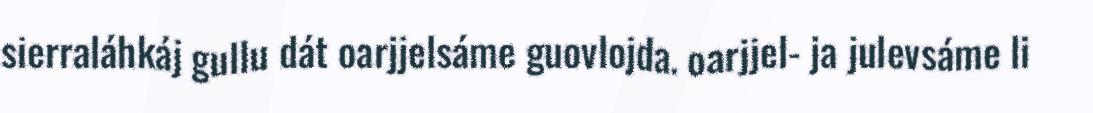
sierraláhkáj gullu dát oarjjelsáme guovlojda. oarjjel- ja julevsáme li